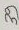
Text: 39